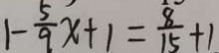
1 - \frac { 5 } { 9 } x + 1 = \frac { 8 } { 1 5 } + 1